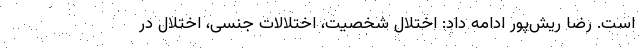
است. رضا ریش‌پور ادامه داد: اختلال شخصیت، اختلالات جنسی، اختلال در